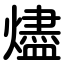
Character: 燼